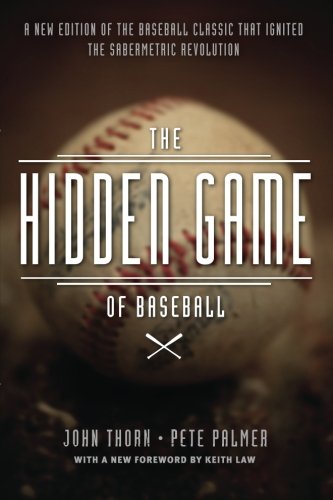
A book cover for The Hidden Game of Baseball: A Revolutionary Approach to Baseball and Its Statistics; John Thorn; Sports & Outdoors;